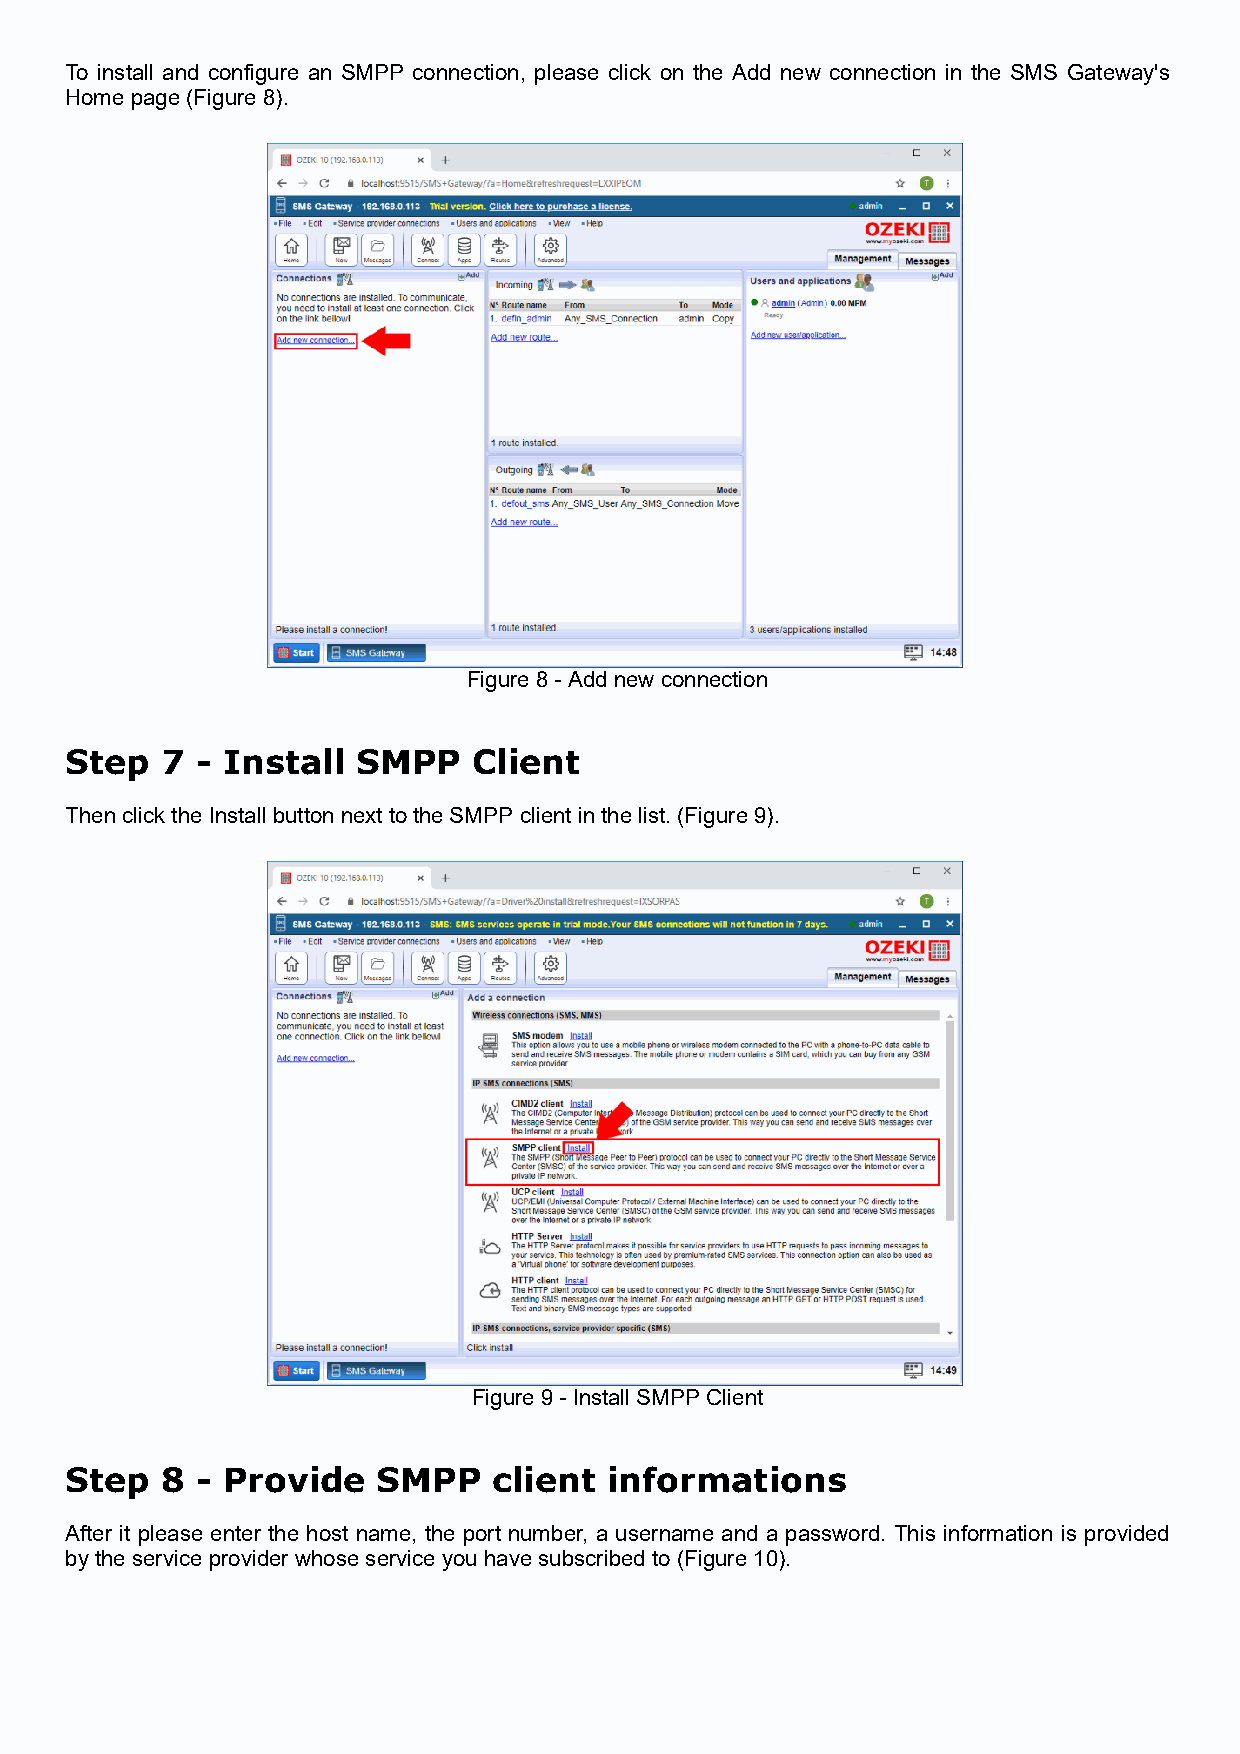
To install and configure an SMPP connection, please click on the Add new connection in the SMS Gateway's
 Home page (Figure 8).
 Figure 8 - Add new connection
 Step   7 - Install  SMPP   Client
 Then click the Install button next to the SMPP client in the list. (Figure 9).
 Figure 9 - Install SMPP Client
 Step   8 - Provide   SMPP    client informations
 After it please enter the host name, the port number, a username and a password. This information is provided
 by the service provider whose service you have subscribed to (Figure 10).